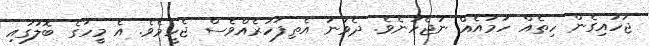
ޖަހައިގެން ހިތެއް ހަމައެއް ނުޖެހުނެވެ. ދެވަނަ އެތިފަހަރެއްވެސް ޖެހީމެވެ. އެ މީހާގެ ބޮލުގައި